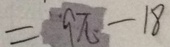
= 9 \pi - 1 8